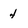
Character: 4